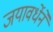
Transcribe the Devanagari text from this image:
जयावर्धेने